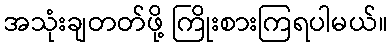
အသုံးချတတ်ဖို့ ကြိုးစားကြရပါမယ်။